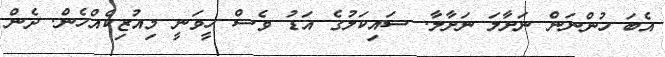
އެބަ ހުންނަން ނަށާލަ ނަށާލާ. ސައިކަލުގެ އަޑު ވެސް ހީވަނީ މިއުޒިކެއްހެން. ދެން